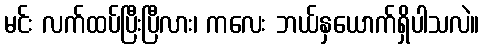
မင်း လက်ထပ်ပြီးပြီလား၊ ကလေး ဘယ်နှယောက်ရှိပါသလဲ။